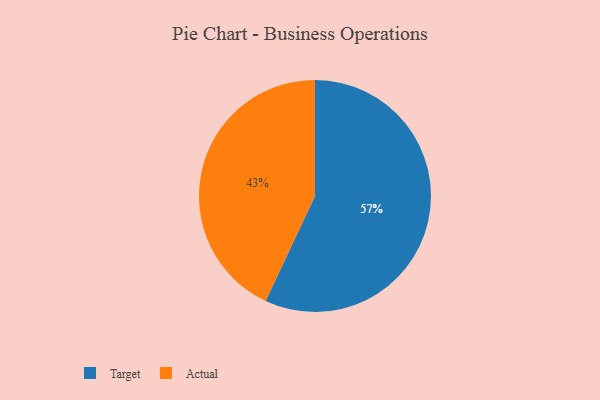
{"axis": {"x": "Category", "y": "Percentage"}, "legend": ["Actual", "Target"], "data": [{"x": "Target", "y": 57, "type": "Target"}, {"x": "Actual", "y": 43, "type": "Actual"}]}